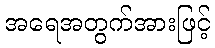
အရေအတွက်အားဖြင့်